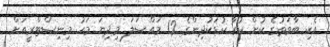
އެކި ބާވަތުގެ ކުށް ކުރާ ކުޑަކުދިންގެ 12 މައްސަލަ މިދިޔަ މަހު މިނިސްޓްރީއަށް